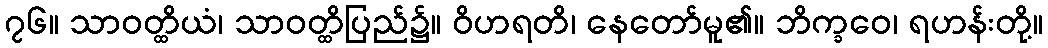
၇၆။ သာဝတ္ထိယံ၊ သာဝတ္ထိပြည်၌။ ဝိဟရတိ၊ နေတော်မူ၏။ ဘိက္ခဝေ၊ ရဟန်းတို့။